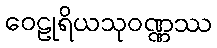
ဝေဠုရိယသုဝဏ္ဏဿ